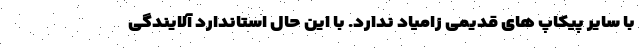
با سایر پیکاپ های قدیمی زامیاد ندارد. با این حال استاندارد آلایندگی